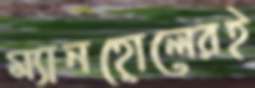
ম্যানহোলেরই